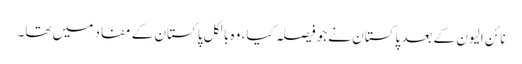
نائن الیون کے بعد پاکستان نےجو فیصلہ کیا، وہ بالکل پاکستان کے مفاد میں تھا۔